Vana-Antsla_vallavalitsus, lk 120
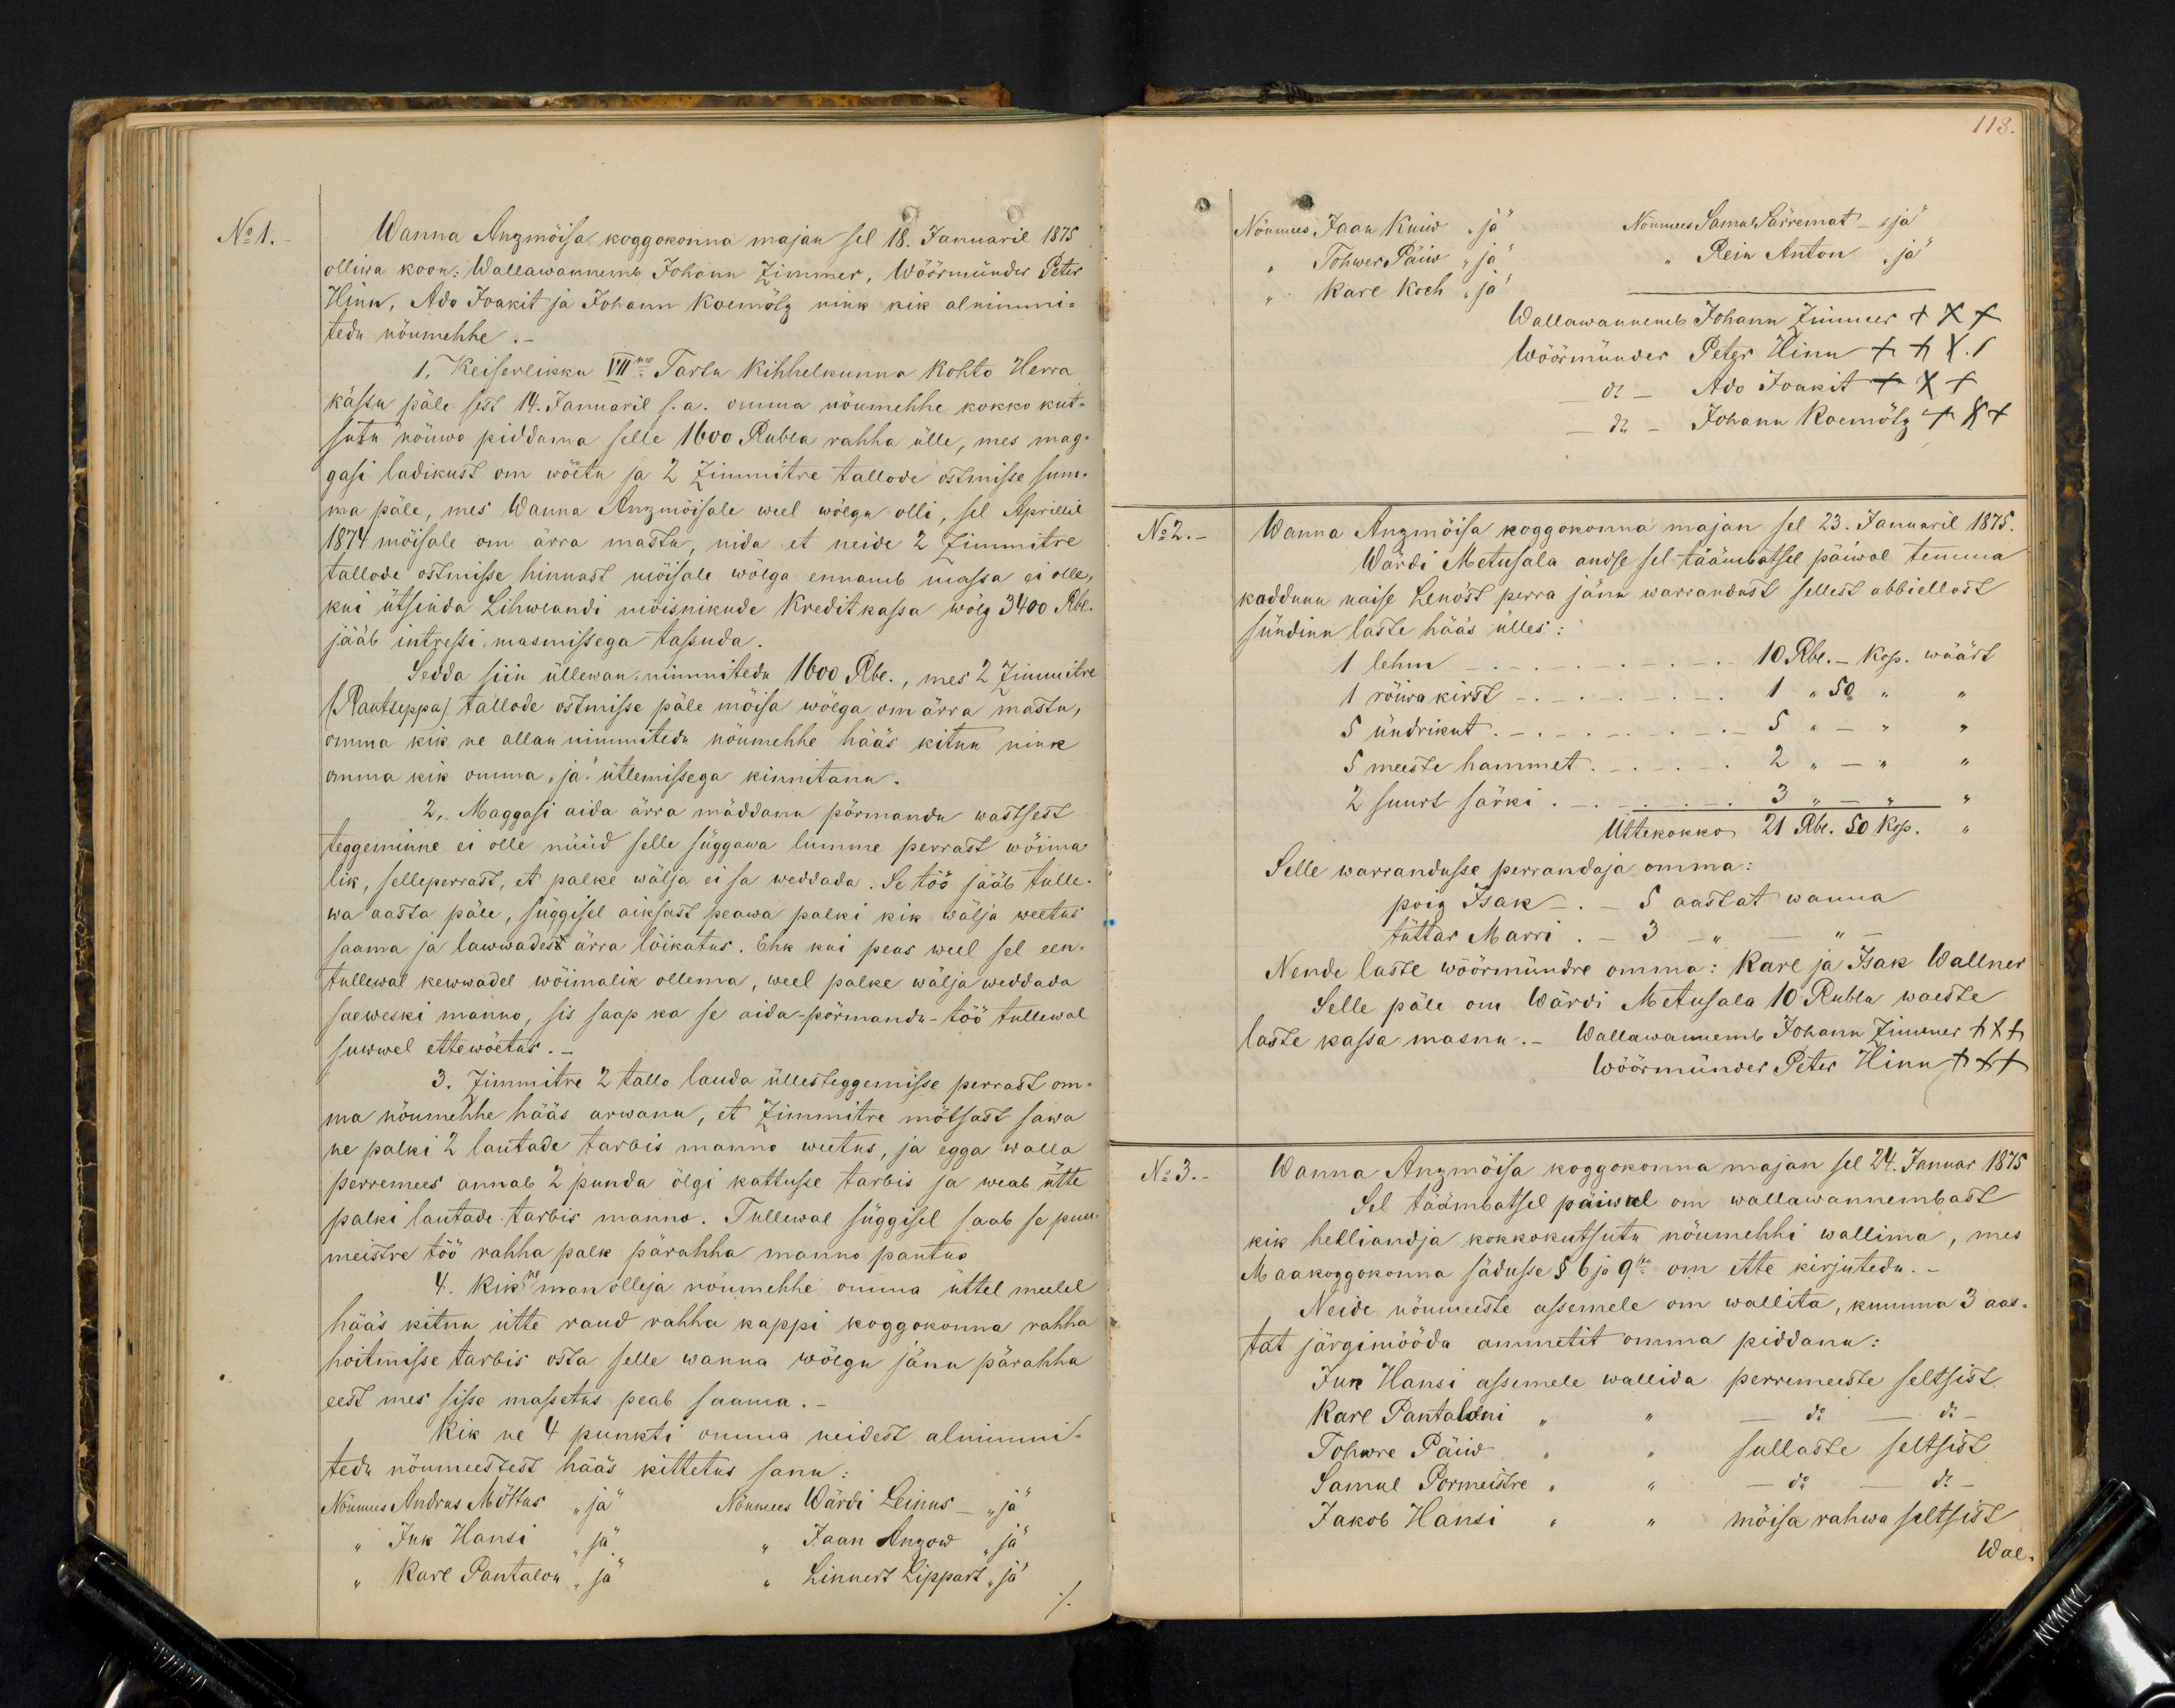
No 1.
Wanna Anzmõisa koggokonna majan sel 18. Januaril 1875.
olliwa koon: Wallawannemb Johann Zimmer, Wöörmünder Peter
Hinn, Ado Joakit ja Johann Koemötz nink kik alnimmi-
tedu nöumehhe.
1, Keiserlikku VIIme: Tartu Kihhelkunna Kohto Herra
kässu päle sest 14. Januaril s.a. omma nöumehhe kokko kut-
sutu nöuwo piddama selle 1600 Rubla rahha ülle, mes mag-
gasi ladikust om wöetu ja 2 Zimmitre tallode ostmisse sum-
ma päle, mes Wanna Anzmöisale weel wölgu olli, sel Aprillil
1874 möisale om ärra mastu, nida et neide 2 Zimmitre
tallode ostmisse hinnast möisale wölga ennamb massa ei olle,
kui ütsinda Lihwlandi möisnikude Kredit kassa wölg 3400 Rbl.
jääb intressi masmissega tassuda.
Sedda siin üllewan-nimmitedu 1600 Rbl., mes 2 Zimmitre
(Rautseppa) tallode ostmisse päle möisa wölga om ärra mastu,
omma kik ne allan nimmetedu nöumehhe hääs kitnu nink
omma kik omma "ja" ütlemissega kinnitanu.
2. Maggasi aida ärra mäddanu pörmandu wastsest
teggeminne ei olle nüüd selle süggawa lumme perrast wöima-
lik, selleperrast, et palke wälja ei sa weddada. Se töö jääb tulle-
wa aasta päle, süggisel ainsast peawa palki kik wälja weetud
saama ja lawwadest ärra löikatus. Ehk kui peas weel sel een-
tullewal kewwadel wöimalik ollema, weel palke wälja weddada
saeweski manno, sis saap ka se aida-põrmandu töö tullewal
suwwel ettewöetus.
3. Zimmitre 2 tallo lauda üllesteggemisse perrast om
ma nöumehhe hääs arwanu, et Zimmitrö mõtsast sawa
ne palki 2 lautade tarbis manno weetus, ja egga walla
perremees annab 2 punda ölgi kattusse tarbis ja weab ütte
palki lautade tarbis manno. Tullewal süggisel saab se puu
meistre töö rahha palk pärahha manno pantus
4. Kik ne man olleja nöumehhe omma üttel meelel
hääs kitnu ütte raud rahha kappi koggokonna rahha
hoitmisse tarbis osta selle wanna wölgu jänu pärahha
eest mes sisse massetus peab saama.-
Kik ne 4 punkti omma neidest alnimmi-
tedu nöumeestest hääs kittetus sanu:
Nöumees Andres Möttus "ja" Nöumees Wärdi Leinus - "ja"
" Juk Hansi "ja"  " Jaan Anzow "ja"
" Karl Pantaleon "ja" " Linnast Lippart "ja"

118
Nöumees "Jaan Kuiw "ja"
Nöumees Samul Särremat "ja"
Tohwer Päiw "ja"
Rein Anton "ja
" Karl Koch "ja"
Wallawannemb Johann Zimmer XXX
Wöörmünder Peter Hinn  XXX
do Ado Joakit XXX
do - Johann Koemötz xxx
No 2.
Wanna Anzmöisa koggokonna majan sel 23. Januaril 1875.
Wärdi Metusala andse sel täämbatsel päiwal temma
kaddunu naise Leno'st perra jänu warrandust sellest abbiellost
sündinu laste hääs ülles:
1 lehm
10 Rbl. - Kop. wäärt
1 röiwa kirst - - 1 "50 " "
5 ündrikut  - - " 5 " - "
5 meeste hammet. - 2 " - "
2 suurt särki - - 3 " - "
Üttekokko 21 Rbl. 50 kop.
Selle warrandusse perrandaja omma:
poig Isak - - 5 aastat wanna
tüttar Marri - 3 - " - "
Nende laste wöörmündre omma: Karl ja Isak Wallner
Selle päle on Wärdi Metusala 10 Rubla waeste
laste kassa masnu.- Wallawannemb Johann Zimmer xxx
Wöörmünder Peter Hinn +++
Nr 3. Wanna Anzmöisa koggokonna majan sel 24. Januar 1875
Sel täämbatsel päiwal om wallawannembast
kik hellandja kokkokutsutu nöumehhi wallima, mes
Maakoggokonna sädusse § 6 ja 9sen om ette kirjutedu.
Neide nöumeeste asemele om wallita, kumma 3 aas-
tat järgimööda ammetit omma piddanu:
Juk Hansi asemele wallida perremeeste seltsist
Karl Pantaloni " " do do
Tohwre Päiw " " sullaste seltsist
Samul Pormeistre  " " do do
Jakob Hansi " " möisa rahwa seltsist
Wal-